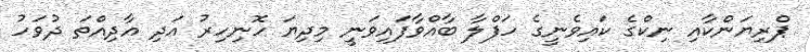
ޕްރިޔަންކާއި ނިކްގެ ކައިވެނީގެ ހަފްލާ ބާއްވާފައިވަނީ މިދިޔަ ހޮނިހިރު އަދި އާދިއްތަ ދުވަހު